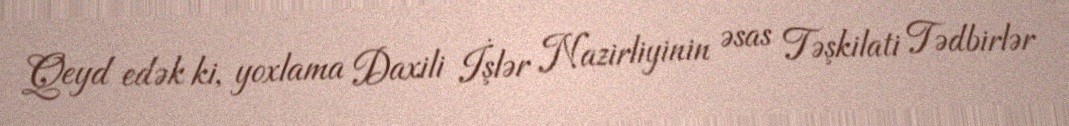
Qeyd edək ki, yoxlama Daxili İşlər Nazirliyinin əsas Təşkilati Tədbirlər